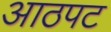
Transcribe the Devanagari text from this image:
आठपट